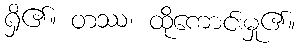
ရှိ၏။ တဿ၊ ထိုကောင်းမှု၏။